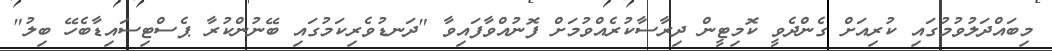
މިބައްދަލުވުމުގައި ކުރިއަށް ގެންދެވީ ކޮމިޓީން ދިރާސާކުރެއްވުމަށް ފޮނުއްވާފައިވާ "ދަނޑުވެރިކަމުގައި ބޭނުންކުރާ ޕެސްޓިސައިޑާބެހޭ ބިލު"